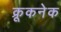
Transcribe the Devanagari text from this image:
क्रूकनेक